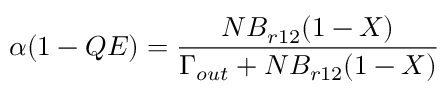
\alpha ( 1 - Q E ) = \frac { N B _ { r 1 2 } ( 1 - X ) } { \Gamma _ { o u t } + N B _ { r 1 2 } ( 1 - X ) }